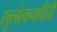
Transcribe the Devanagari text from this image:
सुलोचनादीदी